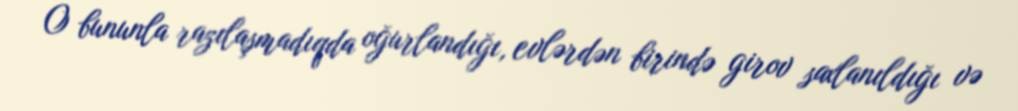
O bununla razılaşmadıqda oğurlandığı, evlərdən birində girov saxlanıldığı və